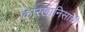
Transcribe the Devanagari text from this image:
कारखानिसांची